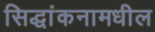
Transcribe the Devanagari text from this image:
सिद्धांकनामधील